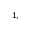
^ { 1 , }